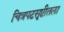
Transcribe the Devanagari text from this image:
चित्रपटसृष्टीतला